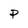
Character: P